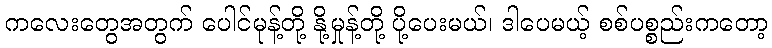
ကလေးတွေအတွက် ပေါင်မုန့်တို့ နို့မှုန့်တို့ ပို့ပေးမယ်၊ ဒါပေမယ့် စစ်ပစ္စည်းကတော့